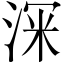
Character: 𭰹